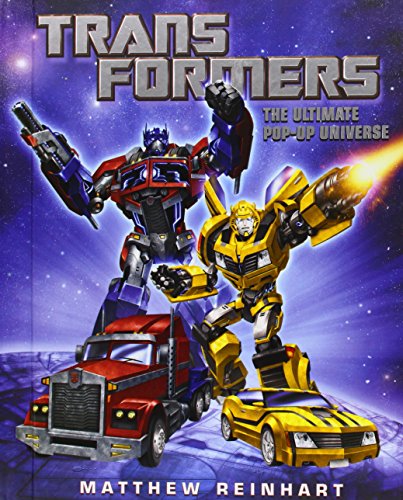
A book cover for Transformers: The Ultimate Pop-Up Universe; Matthew Reinhart; Children's Books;